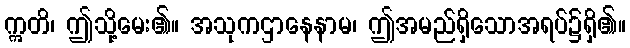
ဣတိ၊ ဤသို့မေး၏။ အသုကဌာနေနာမ၊ ဤအမည်ရှိသောအရပ်၌ရှိ၏။